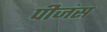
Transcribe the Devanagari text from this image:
पीजंस